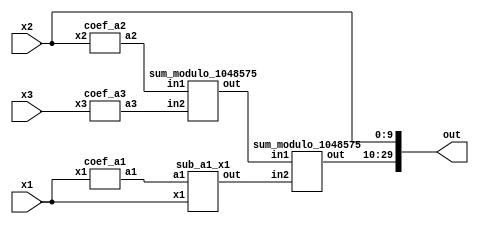
module reverse_converter_1025_1024_1023 (x1, x2, x3, out);
	input [10:0] x1;
	input [9:0] x2;
	input [9:0] x3;
	wire [19:0] a1;
	wire [19:0] a2;
	wire [19:0] a3;
	wire [19:0] sum1;
	wire [19:0] sum2;
	wire [19:0] sum3;
	output [29:0] out;
		
	coef_a1 ca1(x1,a1);
	coef_a2 ca2(x2,a2);
	coef_a3 ca3(x3,a3);
	sum_modulo_1048575 sm1(a2, a3, sum1);
	sub_a1_x1 sm2(a1, x1, sum2);
	sum_modulo_1048575 sm3(sum1, sum2, sum3);
	
	assign out[0] = x2[0];
	assign out[1] = x2[1];
	assign out[2] = x2[2];
	assign out[3] = x2[3];
	assign out[4] = x2[4];
	assign out[5] = x2[5];
	assign out[6] = x2[6];
	assign out[7] = x2[7];
	assign out[8] = x2[8];
	assign out[9] = x2[9];
	
	assign out[10] = sum3[0];
	assign out[11] = sum3[1];
	assign out[12] = sum3[2];
	assign out[13] = sum3[3];
	assign out[14] = sum3[4];
	assign out[15] = sum3[5];
	assign out[16] = sum3[6];
	assign out[17] = sum3[7];
	assign out[18] = sum3[8];
	assign out[19] = sum3[9];
	assign out[20] = sum3[10];
	assign out[21] = sum3[11];
	assign out[22] = sum3[12];
	assign out[23] = sum3[13];
	assign out[24] = sum3[14];
	assign out[25] = sum3[15];
	assign out[26] = sum3[16];
	assign out[27] = sum3[17];
	assign out[28] = sum3[18];
	assign out[29] = sum3[19];
	
endmodule

module coef_a3 (x3, a3);
	input [9:0] x3;
	output [19:0] a3;
	assign a3[19] = x3[0];
	assign a3[18] = x3[9];
	assign a3[17] = x3[8];
	assign a3[16] = x3[7];
	assign a3[15] = x3[6];
	assign a3[14] = x3[5];
	assign a3[13] = x3[4];
	assign a3[12] = x3[3];
	assign a3[11] = x3[2];
	assign a3[10] = x3[1];
	assign a3[9] = x3[0];
	assign a3[8] = x3[9];
	assign a3[7] = x3[8];
	assign a3[6] = x3[7];
	assign a3[5] = x3[6];
	assign a3[4] = x3[5];
	assign a3[3] = x3[4];
	assign a3[2] = x3[3];
	assign a3[1] = x3[2];
	assign a3[0] = x3[1];
endmodule

module coef_a2 (x2, a2);
	input [9:0] x2;
	output [19:0] a2;
	assign a2[19] = ~x2[9];
	assign a2[18] = ~x2[8];
	assign a2[17] = ~x2[7];
	assign a2[16] = ~x2[6];
	assign a2[15] = ~x2[5];
	assign a2[14] = ~x2[4];
	assign a2[13] = ~x2[3];
	assign a2[12] = ~x2[2];
	assign a2[11] = ~x2[1];
	assign a2[10] = ~x2[0];
	assign a2[9] = 1;
	assign a2[8] = 1;
	assign a2[7] = 1;
	assign a2[6] = 1;
	assign a2[5] = 1;
	assign a2[4] = 1;
	assign a2[3] = 1;
	assign a2[2] = 1;
	assign a2[1] = 1;
	assign a2[0] = 1;
endmodule

module coef_a1 (x1, a1);
	input [10:0] x1;
	output [19:0] a1;
	wire bx;
	
	assign bx = x1[10] ^ x1[0];
	assign a1[19] = bx;
	assign a1[18] = x1[9];
	assign a1[17] = x1[8];
	assign a1[16] = x1[7];
	assign a1[15] = x1[6];
	assign a1[14] = x1[5];
	assign a1[13] = x1[4];
	assign a1[12] = x1[3];
	assign a1[11] = x1[2];
	assign a1[10] = x1[1];
	assign a1[9] = bx;
	assign a1[8] = x1[9];
	assign a1[7] = x1[8];
	assign a1[6] = x1[7];
	assign a1[5] = x1[6];
	assign a1[4] = x1[5];
	assign a1[3] = x1[4];
	assign a1[2] = x1[3];
	assign a1[1] = x1[2];
	assign a1[0] = x1[1];
	
endmodule

// Sum modulo (2^20 - 1) = 1048575
module sum_modulo_1048575 (in1, in2, out);
	input [19:0] in1;
	input [19:0] in2;
	output reg [19:0] out;
	wire [20:0] data;
	wire [20:0] data2;
	assign data = in1 + in2;
	assign data2 = in1 + in2 + 1;
	always @(*)
	begin
		if (data2[20] == 1)
			out <= data2[19:0];
		else
			out <= data[19:0];
	end
endmodule

module sub_a1_x1 (a1, x1, out);
	input [19:0] a1;
	input [10:0] x1;
	output [19:0] out;
	
	assign out = a1 - x1;
	
endmodule